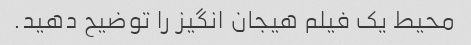
محیط یک فیلم هیجان انگیز را توضیح دهید.